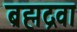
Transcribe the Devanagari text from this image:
ब्रह्मद्रवा